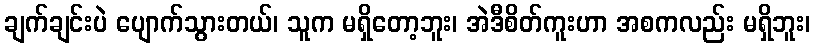
ချက်ချင်းပဲ ပျောက်သွားတယ်၊ သူက မရှိတော့ဘူး၊ အဲဒီစိတ်ကူးဟာ အစကလည်း မရှိဘူး၊